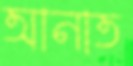
আনাত